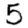
Digit: 5